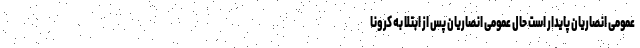
عمومی انصاریان پایدار است حال عمومی انصاریان پس از ابتلا به کرونا